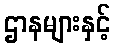
ဌာနများနှင့်